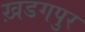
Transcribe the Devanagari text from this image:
ख़डगपुर